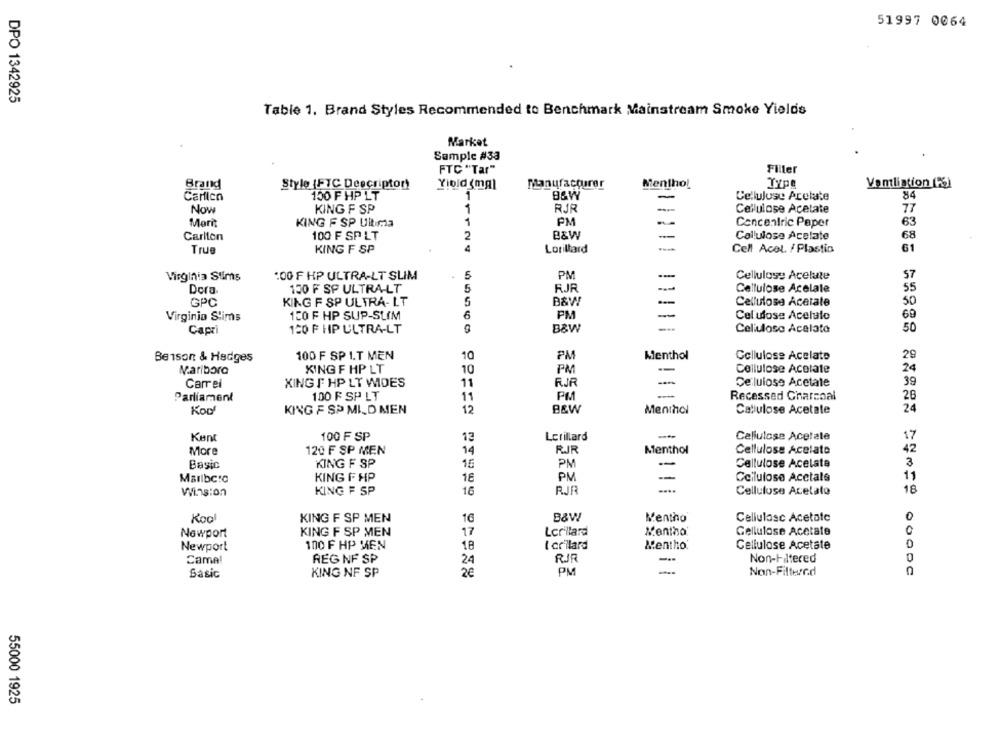
51997 0064
DPO 1342925
Table 1. Brand Styles Recommended to Benchmark Mainstream Smoke Yields
Market
Sample #33
FTC "Tar"
Filler
Brand
Style (FTC Descriptor!
Yiold (mal
Manufacturer
Menthol
Type
Vontliation (Fi
Carflen
150 F HP LT
1
-
Cellulose Arelate
84
RJR
Now
KING F SP
1
Cellulose Acetate
77
Morit
KING F SP Ultima
1
PM
-
Concentric Paper
63
Carlton
100 F SP LT
2
B&W
-
Cellulose Acelate
68
True
KING F SP
4
Lorillard
Cell Acel. / Plastia
61
5
PM
Virginia Stims
:00 F HP ULTRA-LT SLIM
Cellulose Acelute
57
130 F SP ULTRA-LT
5
RJR
Cellulose Acelale
55
Dora
GPC
KING F SP ULTRA- LT
5
B&W
Cellulose Acetate
50
Virginia Stims
150 F HP SUP-SLIM
6
PM
-
Celulose Acelulo
69
Capri
120 F HP ULTRA-LT
B&W
Cellulose Acelate
50
100 F SP I.T MEN
PM
Menthol
Cellulose Acelate
29
Benson & Hedges
10
Maribora
XING F HP LT
10
PM
Cellulose Acolate
24
Carrel
XING F HP LT WIDES
11
RJR
-
Celulose Acetate
39
Parliament
100 F SP LT
11
PM
Recessed Charcoal
26
12
Koof
KING F SP MILD MEN
B&W
Menthol
Cellulose Acetate
24
Kunt
100 F SP
13
Lorillard
Cellulose Acetate
17
More
120 F SP MEN
14
RJR
Menthol
Cellulose Acelato
42
Basic
KING F SP
15
PM
Cellulose Acelata
3
Marlbc:c
KING F HP
18
PM
--
Cellulose Acetate
11
16
RJR
-...
18
Wins:on
KING F SP
Cellulose Acetato
Kool
KING F SP MEN
16
B&W
Mentho
Cellulosc Acetate
0
Newport
KING F SP MEN
17
Ler'llard
Cellulose Acetate
Newport
100 F HP MEN
18
I cr'ilard
Mentho
Cellulose Acetate
0
0
Camel
REG NF SP
24
RJR
Non-Filtered
26
PM
Non-Filtered
Sasic
KING NF SP
55000 1925